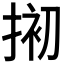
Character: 𢮀